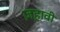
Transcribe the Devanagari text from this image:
ज़हावी